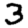
Digit: 3